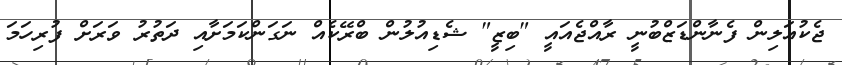
ޖެކުއަލިން ފެނާންޑަޒްބުނީ ރާއްޖެއައީ "ބިޒީ" ޝެޑިއުލުން ބްރޭކެއް ނަގަންކަމަށާއި ދަތުރު ވަރަށް ފުރިހަމަ